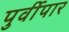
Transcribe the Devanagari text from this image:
पुर्वीपार